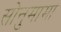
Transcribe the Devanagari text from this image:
सोनुमामा